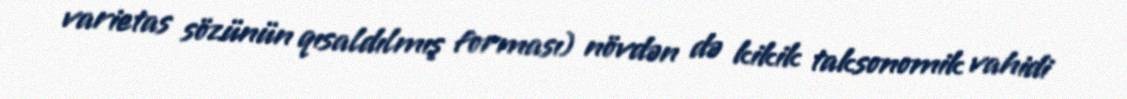
varietas sözünün qısaldılmış forması) növdən də kikik taksonomik vahidi